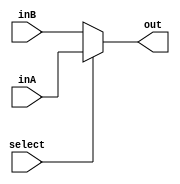
`timescale 1ns / 1ps
//////////////////////////////////////////////////////////////////////////////////
// Company: 
// Engineer: 
// 
// Design Name: 
// Module Name: mux_2to1_32bit
// Project Name: 
// Target Devices: 
// Tool Versions: 
// Description: 
// 
// Dependencies: 
// 
// Revision:
// Revision 0.01 - File Created
// Additional Comments:
// 
//////////////////////////////////////////////////////////////////////////////////


module mux_2to1_32bit(
    input   [31:0] inA,
    input   [31:0] inB,
    input          select,
    output [31:0] out
    );
  assign out = select ?inA:inB;  
    
endmodule